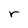
Character: r